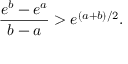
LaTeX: { \frac { e ^ { b } - e ^ { a } } { b - a } } > e ^ { ( a + b ) / 2 } .